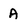
Character: A